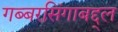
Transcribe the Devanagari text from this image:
गब्बरसिंगाबद्द्ल